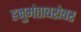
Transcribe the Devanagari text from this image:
हनुमंताबरोबर